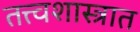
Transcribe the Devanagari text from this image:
तत्त्वशास्त्रात